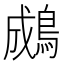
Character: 𪁋